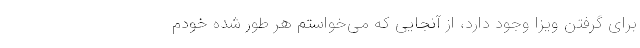
برای گرفتن ویزا وجود دارد، از آنجایی که می‌خواستم هر طور شده خودم